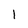
Character: 1